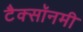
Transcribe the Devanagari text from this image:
टैक्सॉनमी